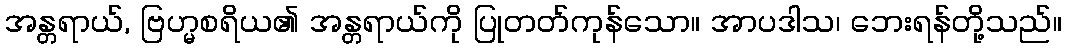
အန္တရာယ်, ဗြဟ္မစရိယ၏ အန္တရာယ်ကို ပြုတတ်ကုန်သော။ အာပဒါသ၊ ဘေးရန်တို့သည်။